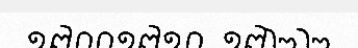
១៧០០១៧១០  ១៧២២